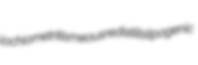
lochiometritis meous redistills lipogenic